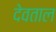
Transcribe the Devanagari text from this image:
देवताल